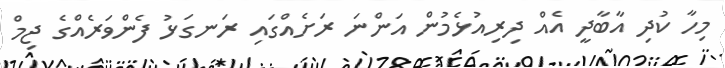
މިހާ ކުދި އާބާދީ އެއް ދިރިއުޅެމުން އަންނަ ރަށެއްގައި ރަނގަޅު ފެންވަރެއްގެ ޖިމް